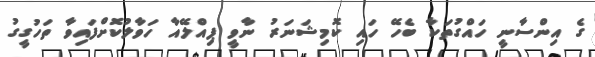
ގެ އިންސާނީ ހައްގުތަކާ ބެހޭ ހައި ކޮމިޝަނަރު ނާވީ ޕިއްލޭއާ ހަވާލުކޮށްފައިވާ ތަހުގީގު